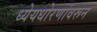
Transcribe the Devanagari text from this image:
ध्येयधोरणांवरून